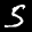
Label: 5